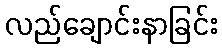
လည်ချောင်းနာခြင်း